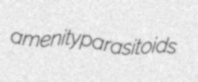
amenity parasitoids